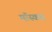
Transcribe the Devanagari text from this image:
मॉस्कस